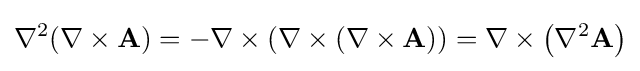
\nabla ^{2}(\nabla \times \mathbf {A} )=-\nabla \times (\nabla \times (\nabla \times \mathbf {A} ))=\nabla \times \left(\nabla ^{2}\mathbf {A} \right)